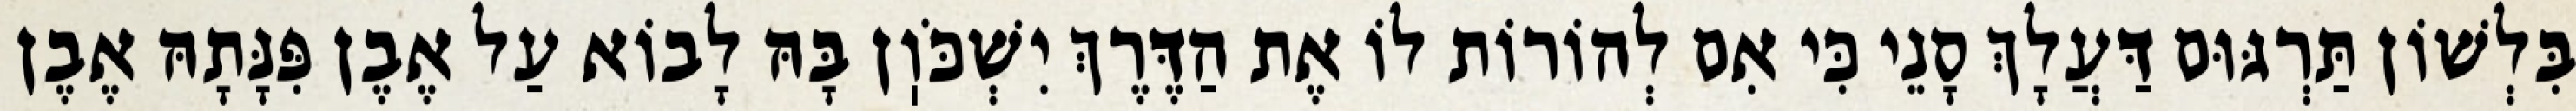
בִּלְשׁוֹן תַּרְגּוּם דַּעֲלָךְ סָנֵי כִּי אִם לְהוֹרוֹת לוֹ אֶת הַדֶּרֶךְ יִשְׁכֹּוֽן בָּהּ לָבוֹא עַל אֶבֶן פִּנָּתָהּ אֶבֶן